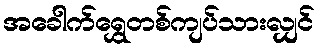
အခေါက်ရွှေတစ်ကျပ်သားလျှင်